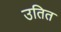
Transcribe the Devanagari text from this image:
उतित